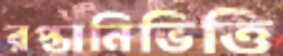
রপ্তানিভিত্তি